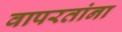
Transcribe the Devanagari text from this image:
वापरतांना